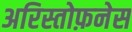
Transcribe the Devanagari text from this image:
अरिस्तोफ़नेस